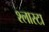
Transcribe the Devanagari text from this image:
श्लास्टा